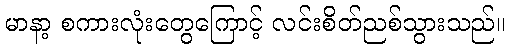
မာနာ့ စကားလုံးတွေကြောင့် လင်းစိတ်ညစ်သွားသည်။